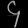
Digit: ၄